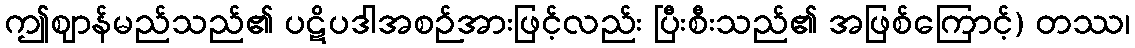
ဤဈာန်မည်သည်၏ ပဋိပဒါအစဉ်အားဖြင့်လည်း ပြီးစီးသည်၏ အဖြစ်ကြောင့်) တဿ၊